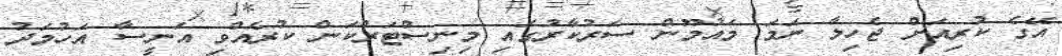
އޭގެ ކުރިއަށް ޖެހިލާ ނަމަ މައުމޫން ސަރުކާރުގައި މިނިސްޓަރުކަން ކުރެއްވި އަނީސާ އަހުމަދު